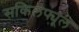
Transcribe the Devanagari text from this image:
सकिलफ्यूल